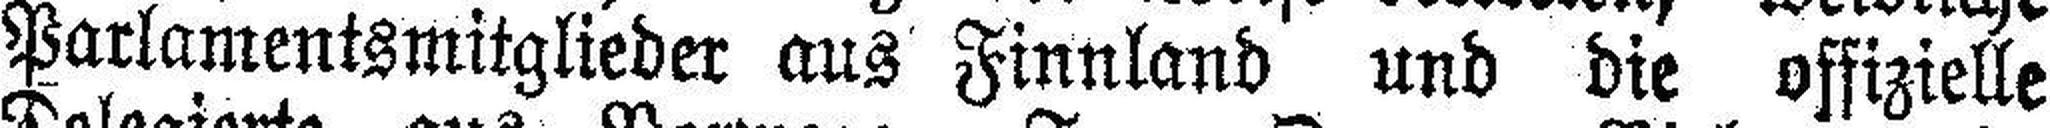
Parlamentsmitglieder aus Finnland und die offizielle